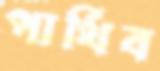
পার্থিব